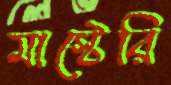
মাস্টেরি